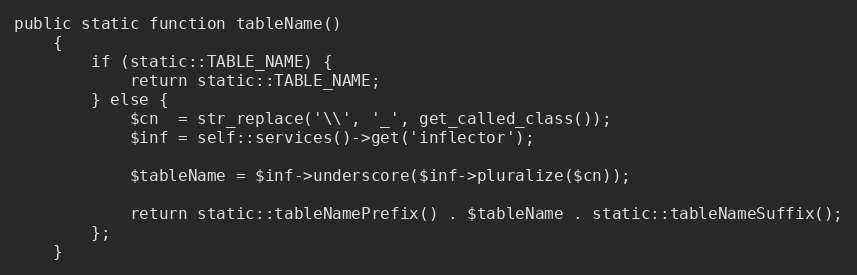
Language: PHP
public static function tableName()
    {
        if (static::TABLE_NAME) {
            return static::TABLE_NAME;
        } else {
            $cn  = str_replace('\\', '_', get_called_class());
            $inf = self::services()->get('inflector');

            $tableName = $inf->underscore($inf->pluralize($cn));

            return static::tableNamePrefix() . $tableName . static::tableNameSuffix();
        };
    }